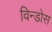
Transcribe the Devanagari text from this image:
विन्डोस